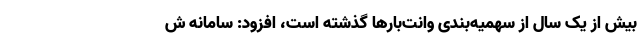
بیش از یک سال از سهمیه‌بندی وانت‌بارها گذشته است، افزود: سامانه ش